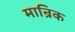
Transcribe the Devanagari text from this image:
मान्रिक